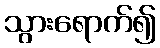
သွားရောက်၍